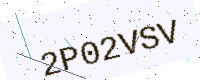
Text: 2P02VSV